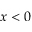
x < 0